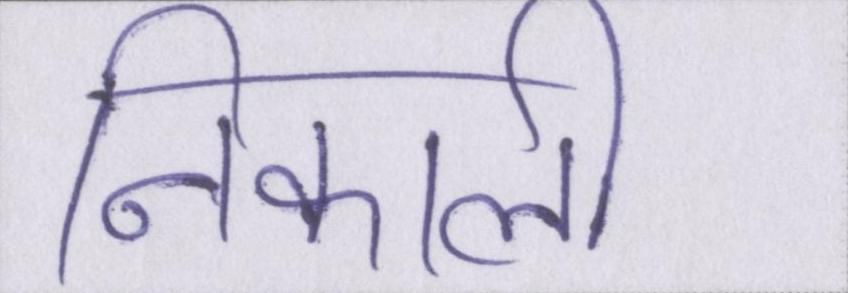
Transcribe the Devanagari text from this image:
निकाली